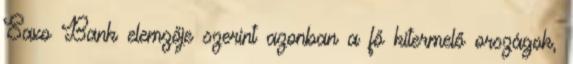
Saxo Bank elemzője szerint azonban a fő kitermelő országok,